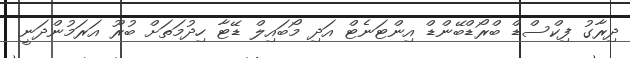
ދިރާގު ފިކްސްޑް ބްރޯޑްބޭންޑް އިންޓަނެޓް އަދި މޯބައިލް ޑޭޓާ ހިދުމަތަށް ބުރޫ އަރަމުންދަނީ